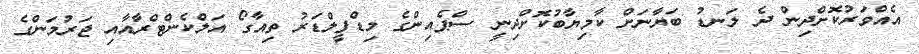
އެއްވަރުކޮށްދިން ދެ ލަނޑު ބަޔާނަށް ކާމިޔާބުކޮށްދިނީ ސްޕެއިންގެ މިޑްފީލްޑަރު ތިއާގޯ އަލްކެންޓްރާއާއި ޖަރުމަންގެ